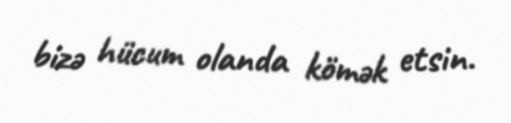
bizə hücum olanda kömək etsin.